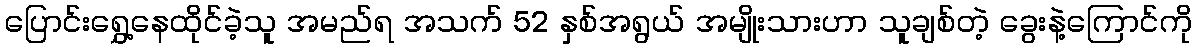
ပြောင်းရွှေ့နေထိုင်ခဲ့သူ အမည်ရ အသက် 52 နှစ်အရွယ် အမျိုးသားဟာ သူချစ်တဲ့ ခွေးနဲ့ကြောင်ကို